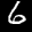
Label: 6